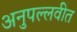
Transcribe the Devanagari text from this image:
अनुपल्लवीत